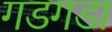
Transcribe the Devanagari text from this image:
गडगडा